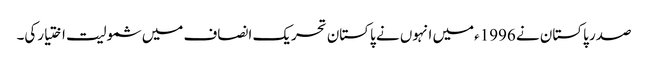
صدر پاکستان نے 1996ءمیں انہوں نے پاکستان تحریک انصاف میں شمولیت اختیارکی۔